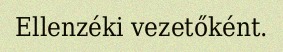
Ellenzéki vezetőként.